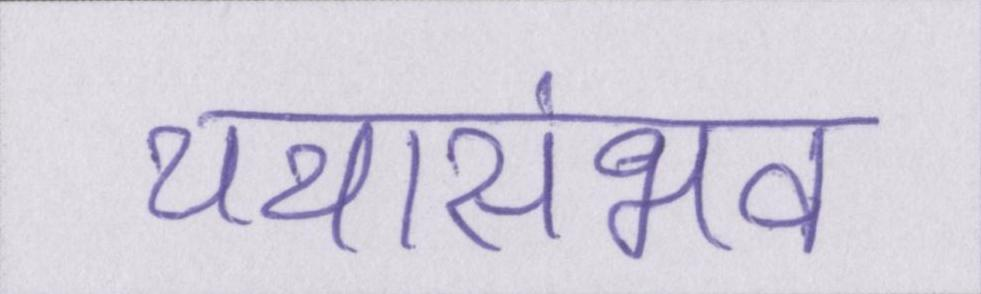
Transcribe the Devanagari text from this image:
यथासंभव